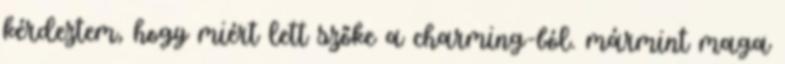
kérdeztem, hogy miért lett szőke a charming-ból. mármint maga